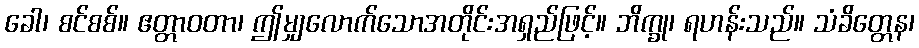
ခေါ၊ စင်စစ်။ ဧတ္တာဝတာ၊ ဤမျှလောက်သောအတိုင်းအရှည်ဖြင့်။ ဘိက္ခု၊ ရဟန်းသည်။ သံခိတ္တေန၊